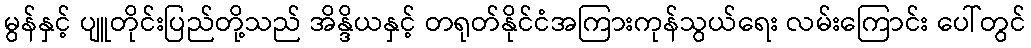
မွန်နှင့် ပျူတိုင်းပြည်တို့သည် အိန္ဒိယနှင့် တရုတ်နိုင်ငံအကြားကုန်သွယ်ရေး လမ်းကြောင်း ပေါ်တွင်